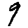
Digit: 9